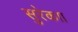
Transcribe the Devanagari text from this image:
सुरेकाा